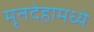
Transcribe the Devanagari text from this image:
मृतदेहामध्ये